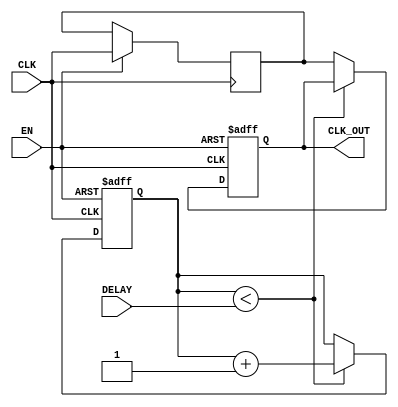
module DelayClockBuffer (
    input wire CLK,          // Input clock signal
    input wire EN,           // Enable signal
    input wire [3:0] DELAY,  // 4-bit delay configuration (0 to 15 clock cycles)
    output reg CLK_OUT       // Delayed clock output
);

    // Internal register to hold the delayed clock state
    reg [3:0] delay_counter; // Counter for delay cycles
    reg clk_delayed;         // Intermediate delayed clock signal

    // Process for generating the delayed clock output
    always @(posedge CLK or negedge EN) begin
        if (!EN) begin
            // If enable is low, hold CLK_OUT in a stable state (low)
            CLK_OUT <= 1'b0;
            delay_counter <= 4'b0; // Reset delay counter
        end else begin
            // If enable is high, implement the delay logic
            if (delay_counter < DELAY) begin
                // Increment the delay counter until it reaches the desired delay
                delay_counter <= delay_counter + 1;
            end else begin
                // After the delay is reached, output the delayed clock
                CLK_OUT <= clk_delayed;
            end
        end
    end

    // Process for capturing the input clock signal
    always @(posedge CLK) begin
        if (EN) begin
            // Capture the input clock signal when enabled
            clk_delayed <= CLK;
        end
    end

endmodule